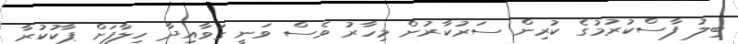
ބިލު ފާސްކުރުމުގެ ކުރިން ސަރުކާރުން މިހާރު ވެސް ވަނީ ގަވާއިދާ ހިލާފަށް ޕާކުކުރާ